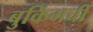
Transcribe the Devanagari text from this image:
बुकिंगची